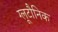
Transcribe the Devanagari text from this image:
ग्लूटौनिक